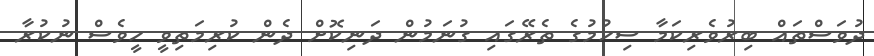
ދުވަސްތައް ބިރުވެރިކަމާ ސިހުމުގެ ތެރޭގައި ގުނަމުން ދަނިކޮށް ދެން ކުރިމަތިވީ ހީވެސް ނުކުރާ